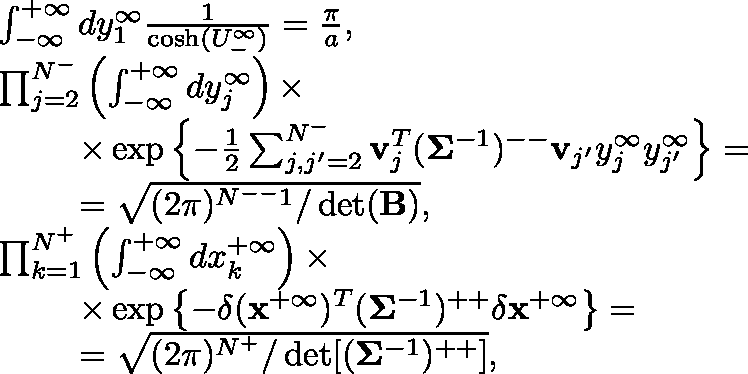
\begin{array} { r l } & { \int _ { - \infty } ^ { + \infty } d y _ { 1 } ^ { \infty } \frac { 1 } { \cosh ( U _ { - } ^ { \infty } ) } = \frac { \pi } { a } , } \\ & { \prod _ { j = 2 } ^ { N ^ { - } } \left( \int _ { - \infty } ^ { + \infty } d y _ { j } ^ { \infty } \right) \times } \\ & { \ \ \ \ \ \ \ \times \exp \left\{ - \frac { 1 } { 2 } \sum _ { j , j ^ { \prime } = 2 } ^ { N ^ { - } } \mathbf { v } _ { j } ^ { T } ( \mathbf { \Sigma } ^ { - 1 } ) ^ { -- } \mathbf { v } _ { j ^ { \prime } } y _ { j } ^ { \infty } y _ { j ^ { \prime } } ^ { \infty } \right\} = } \\ & { \ \ \ \ \ \ \ = \sqrt { ( 2 \pi ) ^ { N ^ { -- } 1 } / \operatorname* { d e t } ( { \mathbf { B } ) } } , } \\ & { \prod _ { k = 1 } ^ { N ^ { + } } \left( \int _ { - \infty } ^ { + \infty } d x _ { k } ^ { + \infty } \right) \times } \\ & { \ \ \ \ \ \ \ \times \exp \left\{ - \delta ( { \mathbf { x } } ^ { + \infty } ) ^ { T } ( \mathbf { \Sigma } ^ { - 1 } ) ^ { + + } \delta { \mathbf { x } } ^ { + \infty } \right\} = } \\ & { \ \ \ \ \ \ \ = \sqrt { ( 2 \pi ) ^ { N ^ { + } } / \operatorname* { d e t } [ ( { \mathbf { \Sigma } } ^ { - 1 } ) ^ { + + } ] } , } \end{array}